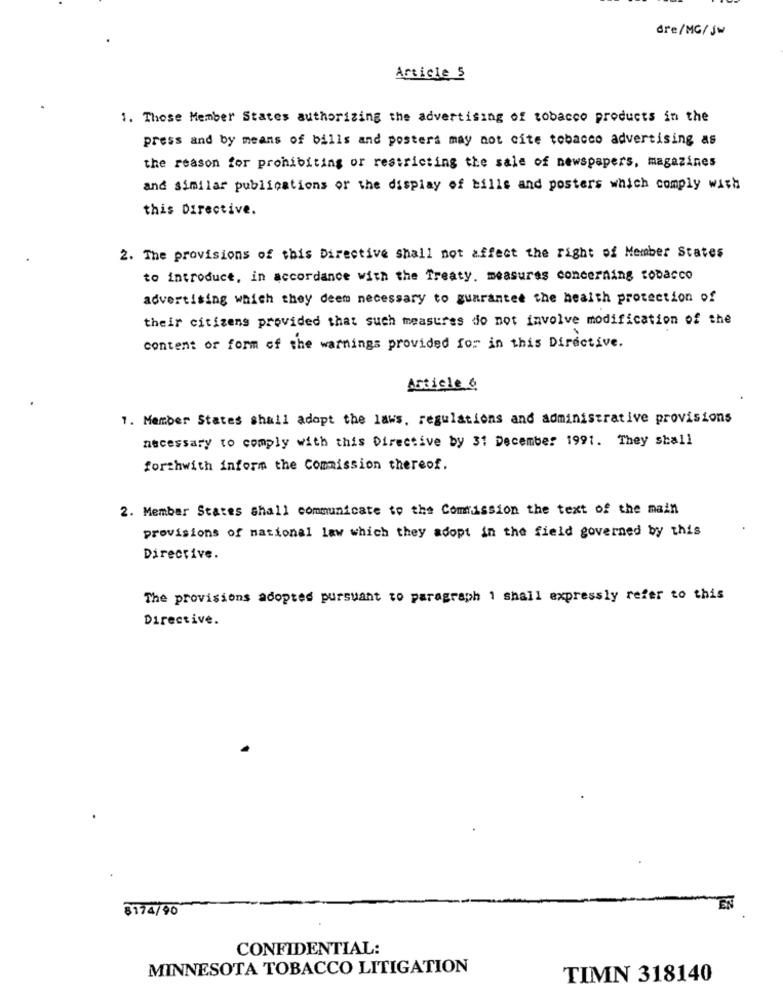
dre/MG/jw
Article 5
1. Those Member States authorizing the advertising of tobacco products in the
press and by means of balls and posters may not cite tobacco advertising as
the reason for prohibiting or restricting the sale of newspapers, magazines
and similar publications of the display of bills and posters which comply with
this Directive.
2. The provisions of this Directive shall not affect the right of Member States
to introduce, in accordance with the Treaty. measures concerning tobacco
advertising which they deem necessary to guarantee the health protection of
their citizens provided that such measures do not involve modification of the
content or form of the warnings provided for in this Directive.
Article A
1. Member States shall adopt the laws, regulations and administrative provisions
necessary to comply with this Directive by 31 December 1991. They shall
forthwith inform the Commission thereof.
2. Member States shall communicate to the Comission the text of the main
provisions of national law which they adopt in the field governed by this
Directive.
The provisions adopted pursuant to paragraph 1 shall expressly refer to this
Directive.
8174/90
EN
CONFIDENTIAL:
MINNESOTA TOBACCO LITIGATION
TIMN 318140